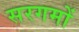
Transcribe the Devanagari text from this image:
सरगमों